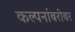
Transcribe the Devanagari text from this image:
कल्पनांबरोबर